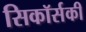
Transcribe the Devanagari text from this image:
सिकॉर्सकी